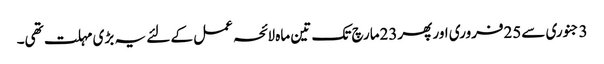
3 جنوری سے25فروری اور پھر23مارچ تک تین ماہ لائحہ عمل کے لئے یہ بڑی مہلت تھی۔